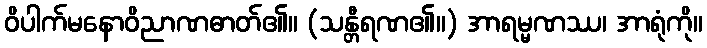
ဝိပါက်မနောဝိညာဏဓာတ်၏။ (သန္တီရဏ၏။) အာရမ္မဏဿ၊ အာရုံကို။